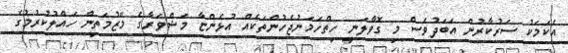
އެކަމަކު ސަރުކާރުން އަބަދުވެސް މި ގޮވާލަނީ ހިތްހަމަނުޖެހުންތަކެއް އުޅެންޏާ މަޝްވަރާގެ މޭޒުމަތިން ހައްލުކުރުމުގެ